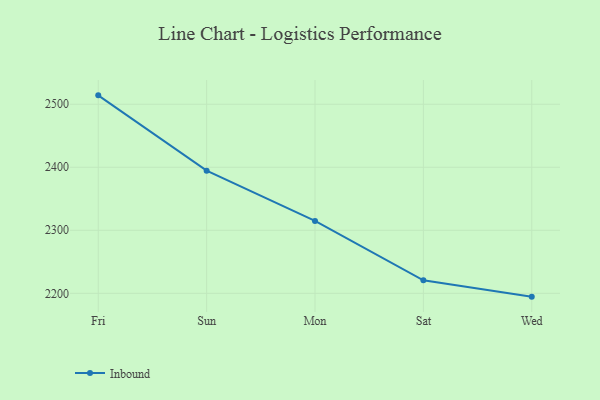
{"axis": {"x": "Day", "y": "Tickets Resolved"}, "legend": ["Inbound"], "data": [{"x": "Fri", "y": 2514.1, "type": "Inbound"}, {"x": "Sun", "y": 2394.6, "type": "Inbound"}, {"x": "Mon", "y": 2314.8, "type": "Inbound"}, {"x": "Sat", "y": 2220.7, "type": "Inbound"}, {"x": "Wed", "y": 2194.7, "type": "Inbound"}]}